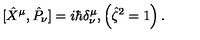
\ [ \hat { X } ^ { \mu } , \hat { P } _ { \nu } ] = i \hbar \delta _ { \nu } ^ { \mu } , \left( \hat { \zeta } ^ { 2 } = 1 \right) .